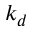
k _ { d }